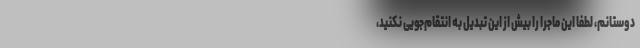
دوستانم، لطفا این ماجرا را بیش از این تبدیل به انتقام‌جویی نکنید،